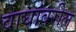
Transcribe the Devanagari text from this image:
वाघांवरील